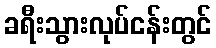
ခရီးသွားလုပ်ငန်းတွင်